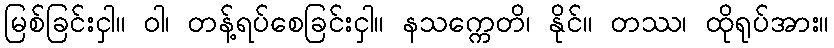
မြစ်ခြင်းငှါ။ ဝါ၊ တန့်ရပ်စေခြင်းငှါ။ နသက္ကေတိ၊ နိုင်။ တဿ၊ ထိုရုပ်အား။